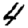
Digit: 4